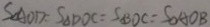
S _ { \Delta A O D } : S _ { \Delta D O C } = S _ { \Delta B D C } = S _ { \Delta A O B }